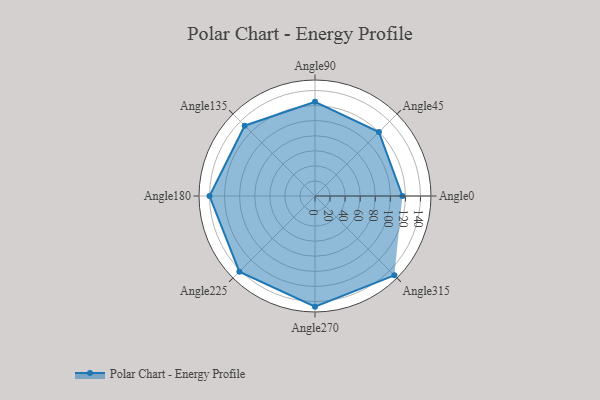
{"axis": {"x": "Angle", "y": "Radius"}, "legend": [""], "data": [{"x": "Angle0", "y": 116.0, "type": ""}, {"x": "Angle45", "y": 120.0, "type": ""}, {"x": "Angle90", "y": 125.0, "type": ""}, {"x": "Angle135", "y": 132.0, "type": ""}, {"x": "Angle180", "y": 140.0, "type": ""}, {"x": "Angle225", "y": 142.0, "type": ""}, {"x": "Angle270", "y": 147.0, "type": ""}, {"x": "Angle315", "y": 149.0, "type": ""}]}